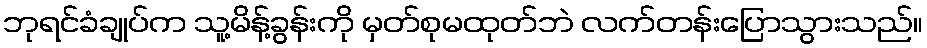
ဘုရင်ခံချုပ်က သူ့မိန့်ခွန်းကို မှတ်စုမထုတ်ဘဲ လက်တန်းပြောသွားသည်။